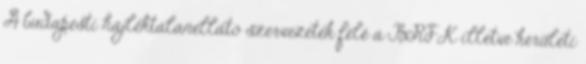
A budapesti hajléktalanellátó szervezetek felé a BRFK illetve kerületi